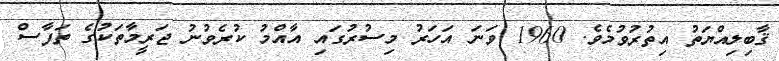
ޤާބިލިއްޔަތު އިތުރުވުމެވެ. 1960 ވަނަ އަހަރު މިސުރުގައި އާއްމު ކުރެވުނު ޖަރީމާތަކުގެ ތަފާސް